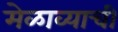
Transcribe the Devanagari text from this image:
मेळाव्याची